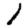
Digit: 1